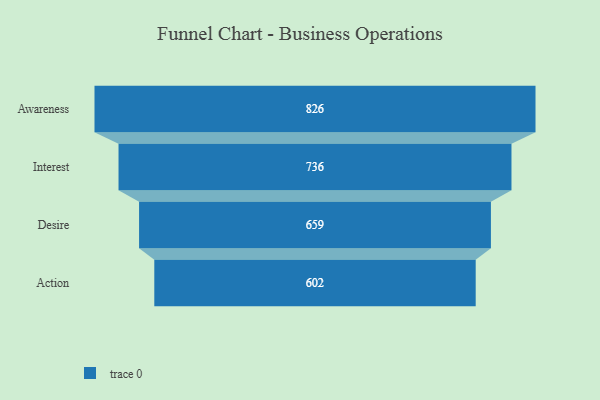
{"axis": {"x": "Stage", "y": "Value"}, "legend": [""], "data": [{"x": "Awareness", "y": 826.0, "type": ""}, {"x": "Interest", "y": 736.0, "type": ""}, {"x": "Desire", "y": 659.0, "type": ""}, {"x": "Action", "y": 602.0, "type": ""}]}